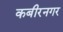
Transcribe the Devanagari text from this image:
कबीरनगर